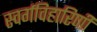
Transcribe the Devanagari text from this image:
स्वर्गविहारिणी